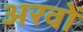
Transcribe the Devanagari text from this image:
अरवों